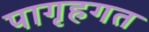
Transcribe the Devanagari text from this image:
पागृहगत